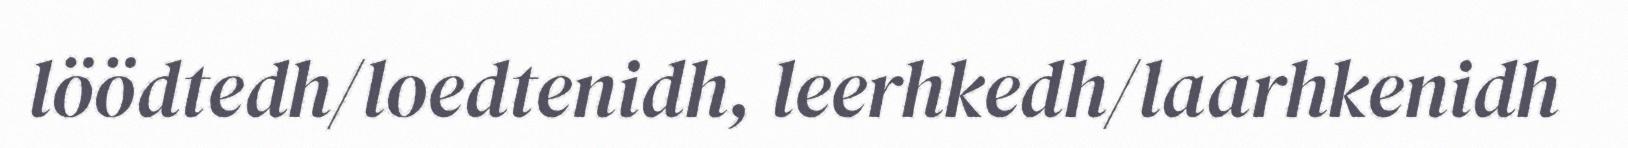
löödtedh/loedtenidh, leerhkedh/laarhkenidh